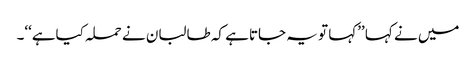
میں نے کہا ’’کہا تو یہ جاتاہے کہ طالبان نے حملہ کیاہے‘‘۔